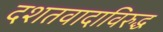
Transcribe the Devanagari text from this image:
दशतवादाविरुद्ध